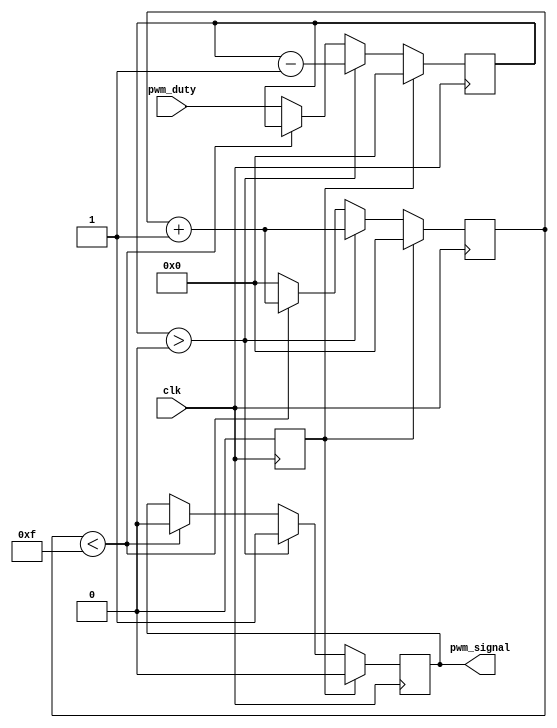
module pwm_gen #(parameter pwm_period_base_clk=15,    //max pulse period wrt base input clk
  parameter n=3)
    (input clk, 
    input [n:0] pwm_duty,
    output reg pwm_signal);
    reg reset=1;
    reg [n:0] dummy_duty;
    reg [n:0] count;
  
    always @ (posedge clk)
    begin
        if(reset)
            begin
                pwm_signal<=0;
                dummy_duty<=0;
                reset<=0;
                count<=0;
            end
        else if (dummy_duty>0)
        begin
            pwm_signal<=1;
            dummy_duty<=dummy_duty-1;
            count<=count+1;
        end
        else if(count<pwm_period_base_clk)
        begin
        pwm_signal<=0;
        count<=count+1;
        end
        else
        begin
        dummy_duty<=pwm_duty;
        count<=0;
        end
        end
endmodule